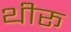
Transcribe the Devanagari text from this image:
थीरू